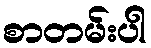
စာတမ်းပါ